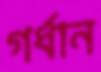
গর্ধান